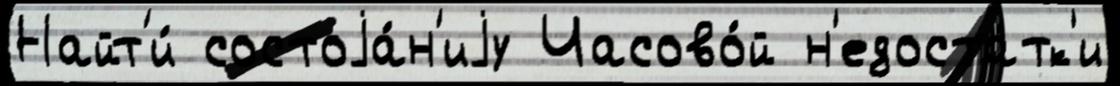
Найт'и́ состоjа́н'иjу Часово́й н'едоста́тк'и